Lunatic asylums Central Provinces reports 1874-1885 - 1874-1885
Year: 1874
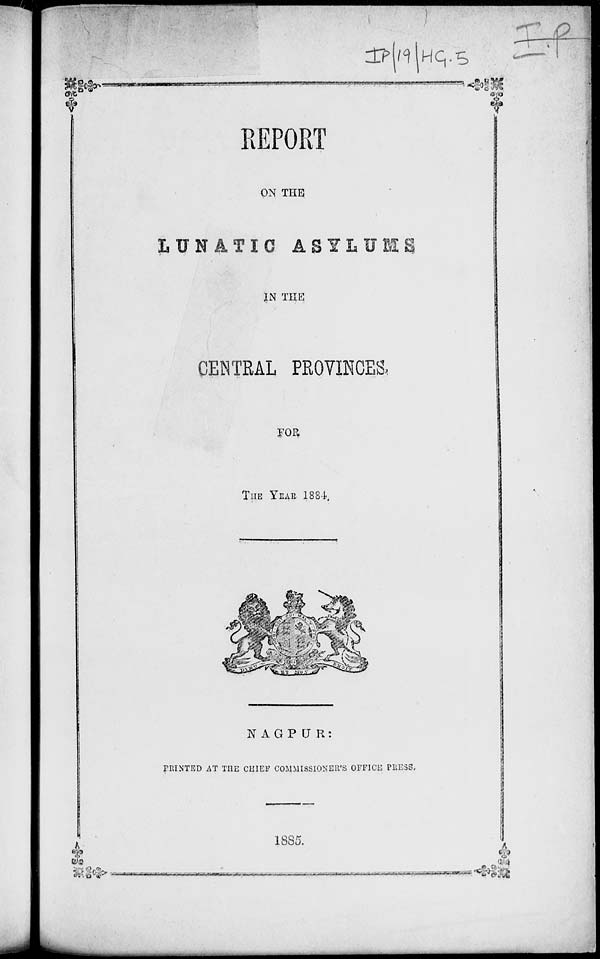
REPORT
ON THE
LUNATIC ASYLUMS
IN THE
CENTRAL PROVINCES
FOR
THE YEAR 1884.
NAGPUR:
PRINTED AT THE CHIEF COMMISSIONER'S OFFICE PRESS.
1885.